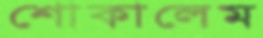
শোকালেম